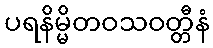
ပရနိမ္မိတဝသဝတ္တီနံ